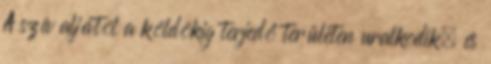
A szív aljától a köldökig terjedő területen uralkodik, és